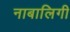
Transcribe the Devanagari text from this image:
नाबालिगी